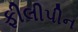
ફીલીપીન